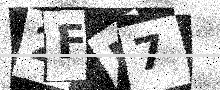
Text: 2FU7